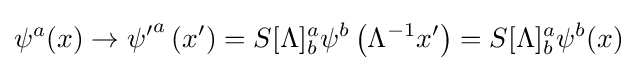
\psi ^{a}(x)\to {\psi ^{\prime }}^{a}\left(x^{\prime }\right)=S[\Lambda ]_{b}^{a}\psi ^{b}\left(\Lambda ^{-1}x^{\prime }\right)=S[\Lambda ]_{b}^{a}\psi ^{b}(x)